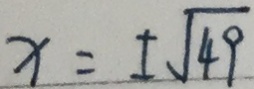
x = \pm \sqrt { 4 9 }